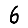
Digit: 6